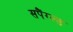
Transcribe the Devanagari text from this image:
सपैंग्ल्ड